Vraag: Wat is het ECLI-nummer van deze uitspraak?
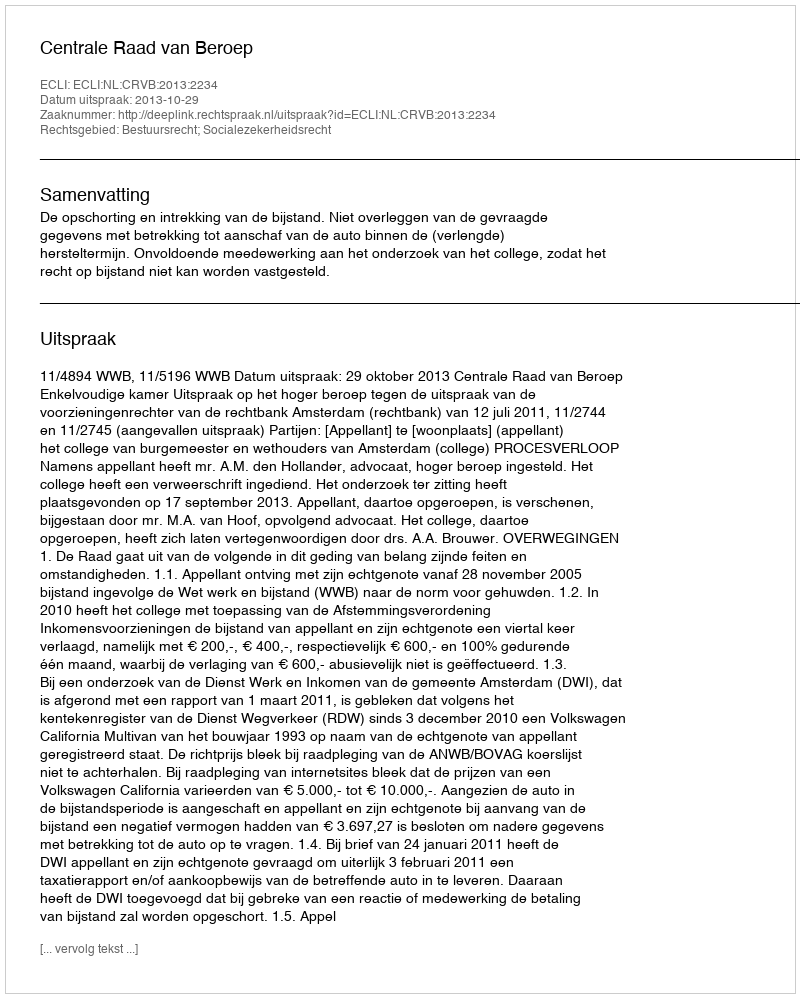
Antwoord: ECLI:NL:CRVB:2013:2234